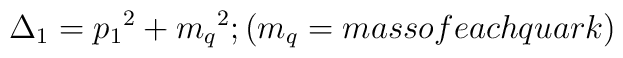
\Delta_1 = {p_1}^2 + {m_q}^2 ; (m_q = mass of each quark)